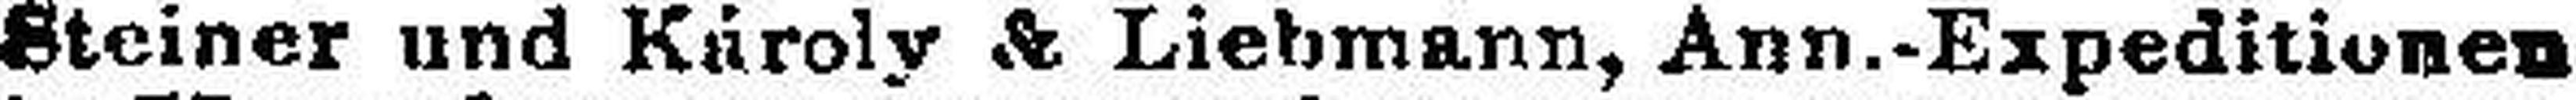
Steiner und Kuroly & Liebmann, Ann.-Expeditionen